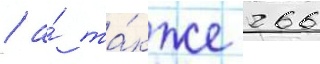
/ а́ та́кже 266